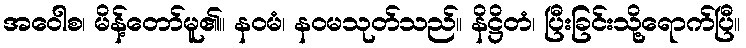
အဝေါစ၊ မိန့်တော်မူ၏။ နဝမံ၊ နဝမသုတ်သည်။ နိဋ္ဌိတံ၊ ပြီးခြင်းသို့ရောက်ပြီ။